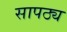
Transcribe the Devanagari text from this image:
सापठ्य